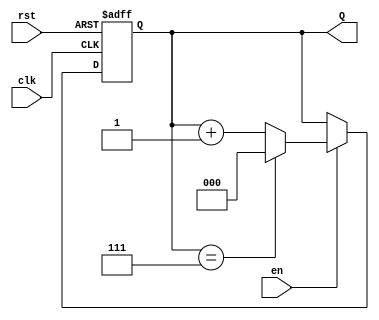
module up_counter #(
    parameter N = 3 // Parameter for the size of the counter (number of bits)
)(
    input wire clk,        // Clock signal
    input wire en,        // Enable signal
    input wire rst,       // Asynchronous reset signal
    output reg [N-1:0] Q  // Counter output
);

    // Maximum count value based on the size of the counter
    localparam MAX_COUNT = (1 << N) - 1; // 2^N - 1

    // Always block triggered on the rising edge of the clock
    always @(posedge clk or posedge rst) begin
        if (rst) begin
            Q <= 0; // Reset the counter to zero
        end else if (en) begin
            if (Q == MAX_COUNT) begin
                Q <= 0; // Wrap around to zero if maximum count is reached
            end else begin
                Q <= Q + 1; // Increment the counter
            end
        end
        // If enable is low, retain the current value of Q
    end

endmodule